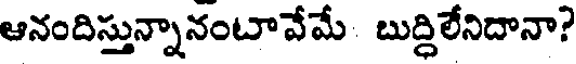
ఆనందిస్తున్నానంటావేమే బుద్ధిలేనిదానా?